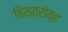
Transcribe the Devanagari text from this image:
बिस्त्रोव्ह